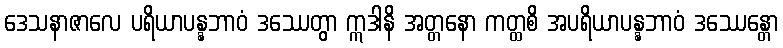
ဒေသနာဇာလေ ပရိယာပန္နဘာဝံ ဒဿေတွာ ဣဒါနိ အတ္တနော ကတ္ထစိ အပရိယာပန္နဘာဝံ ဒဿေန္တော